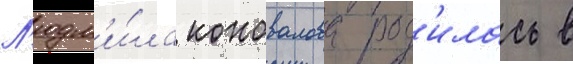
Л'юдм'и́ла коновалова род'илась в